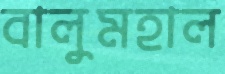
বালুমহাল